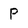
Character: P